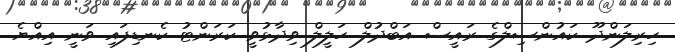
ހިރިލަންދޫ ކައުންސިލްގެ ރައީސް އަބްދުލް ހަލީލް ވިދާޅުވީ ކަރަންޓު ކެނޑިފައި ވަނީ އިއްޔެ